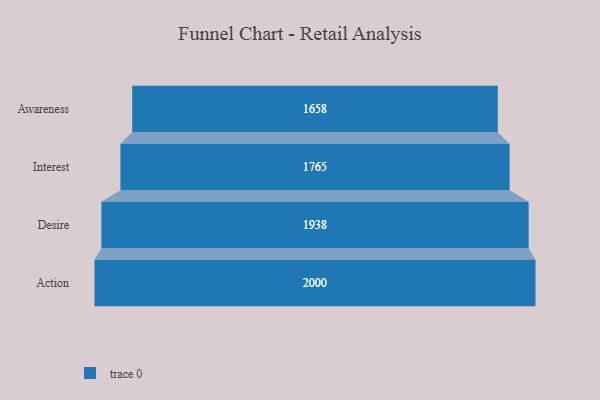
{"axis": {"x": "Stage", "y": "Value"}, "legend": [""], "data": [{"x": "Awareness", "y": 1658.0, "type": ""}, {"x": "Interest", "y": 1765.0, "type": ""}, {"x": "Desire", "y": 1938.0, "type": ""}, {"x": "Action", "y": 2000, "type": ""}]}